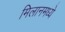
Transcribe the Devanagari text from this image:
मिलानमध्ये